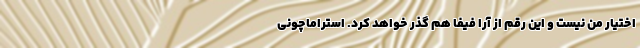
اختیار من نیست و این رقم از آرا فیفا هم گذر خواهد کرد. استراماچونی